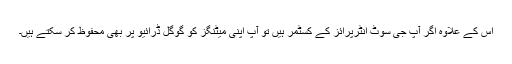
اس کے علاوہ اگر آپ جی سوٹ انٹرپرائز کے کسٹمر ہیں تو آپ اپنی میٹنگز کو گوگل ڈرائیو پر بھی محفوظ کر سکتے ہیں۔